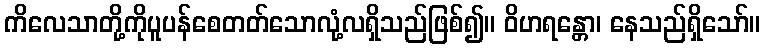
ကိလေသာတို့ကိုပူပန်စေတတ်သောလုံ့လရှိသည်ဖြစ်၍။ ဝိဟရန္တော၊ နေသည်ရှိသော်။